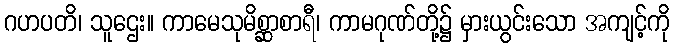
ဂဟပတိ၊ သူဌေး။ ကာမေသုမိစ္ဆာစာရီ၊ ကာမဂုဏ်တို့၌ မှားယွင်းသော အကျင့်ကို